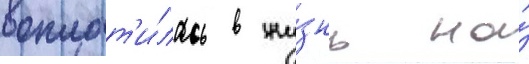
воплот'и́лась в жи́знь на́